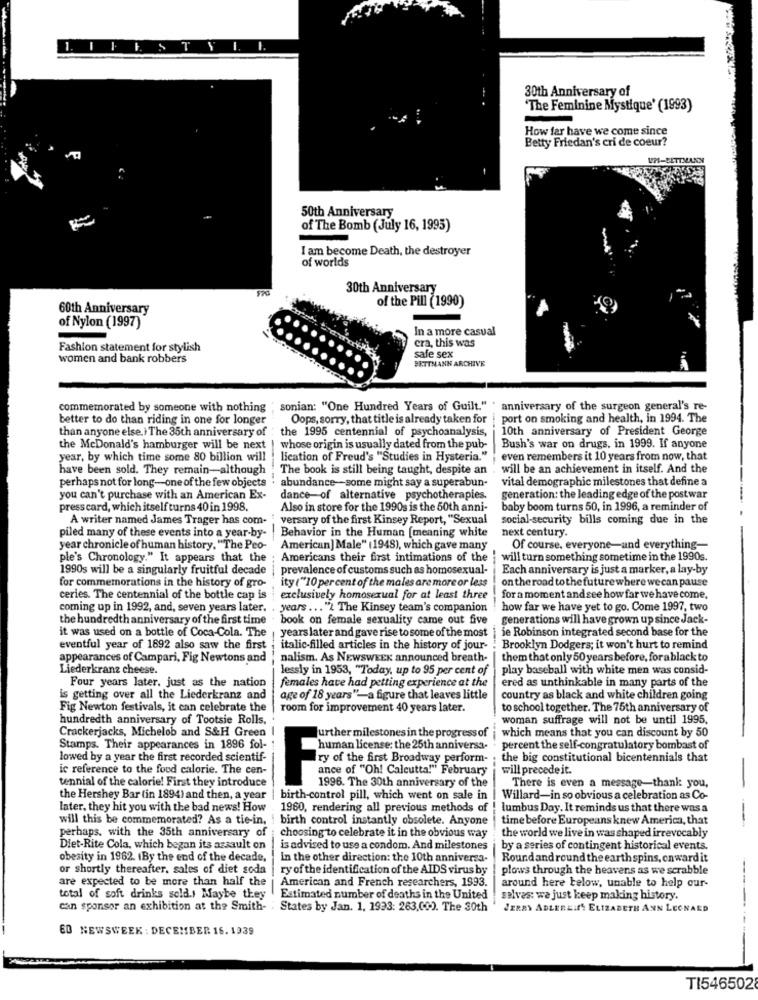
1.
-
ISTYI.
30th Anniversary of
'The Feminine Mystique' (1993)
How far have we come since
Betty Friedan's cri de coeur?
UP-BETTMAN
50th Anniversary
of The Bomb (July 16, 1995)
I am become Death, the destroyer
of worlds
30th Anniversary
of the Pill (1990)
60th Anniversary
of Nylon (1997)
In a more casual
cra, this was
Fashion statement for stylish
safe sex
women and bank robbers
BETTNANN ARCHIVE
commemorated by someone with nothing ; sonian: "One Hundred Years of Guilt." . anniversary of the surgeon general's re-
better to do than riding in one for longer
Oops, sorry, that title is already taken for | port on smoking and health, in 1994. The
than anyone else. ) The 35th anniversary of : the 1995 centennial of psychoanalysis,
10th anniversary of President George
the McDonald's hamburger will be next|
whose origin is usually dated from the pub-
Bush's war on drugs, in 1999. If anyone
year, by which time some 80 billion will
lication of Freud's "Studies in Hysteria."
even remembers it 10 years from now, that
have been sold. They remain-although
The book is still being taught, despite an
will be an achievement in itself. And the
perhaps not for long-one of the few objects
abundance -- some might say a superabun-
vital demographic milestones that define a
you can't purchase with an American Ex-
dance-of alternative psychotherapies.
generation: the leading edge of the postwar
press card, which itself turns 40 in 1998.
Also in store for the 1990s is the 50th anni-
baby boom turns 50, in 1996, a reminder of
A writer named James Trager has com-
versary of the first Kinsey Report, "Sexual
social-security bills coming due in the
next century.
piled many of these events into a year-by-
Behavior in the Human [meaning white
year chronicle of human history. "The Peo-
American] Male" (1948), which gave many
Of course. everyone-and everything-
ple's Chronology." It appears that the
Americans their first intimations of the
will turn something sometime in the 1990s.
1990s will be a singularly fruitful decade
prevalence of customs such as homosexual-
Each anniversary is just a marker, a lay-by
for commemorations in the history of gro-
ity ("10 per cent of the males are more or less
on the road to the future where we can pause
ceries. The centennial of the bottle cap is
exclusively homosexual for at least three
for a moment and see how far we have come,
coming up in 1992, and, seven years later.
years ... "1 The Kinsey team's companion
how far we have yet to go. Come 1997, two
the hundredth anniversary of the first time
book on female sexuality came out five
generations will have grown up since Jack-
it was used on a bottle of Coca-Cola. The
je Robinson integrated second base for the
years later and gave rise to some of the most
eventful year of 1892 also saw the first
italic-filled articles in the history of jour-
Brooklyn Dodgers; it won't hurt to remind
appearances of Campari, Fig Newtons and
nalism. As NEWSWEEK announced breath-
them that only 50 years before, for ablack to
Liederkranz cheese.
lessly in 1953, "Today, up to 95 per cent of | play baseball with white men was consid-
ered as unthinkable in many parts of the
Four years later. just as the nation
females have had petting experience at the
is getting over all the Liederkranz and
age of 18 years"'-a figure that leaves little
country as black and white children going
Fig Newton festivals, it can celebrate the
room for improvement 40 years later.
to school together. The 75th anniversary of
hundredth anniversary of Tootsie Rolls.
woman suffrage will not be until 1995.
Crackerjacks, Michelob and S&H Green
which means that you can discount by 50
further milestones in the progress of
Stamps. Their appearances in 1896 fol-
human license: the 25th anniversa-
percent the self-congratulatory bombast of
lowed by a year the first recorded scientif-
; the big constitutional bicentennials that
ic reference to the food calorie. The cen-
y of the first Broadway perform-
ance of "Oh! Calcutta!" February
will precede it.
tennial of the calorie! First they introduce
There is even a message-thank you,
1996. The 30th anniversary of the
-
the Hershey Bar (in 1894) and then, a year
birth-control pill, which went on sale in
Willard-in so obvious a celebration as Co-
later, they hit you with the bad news! How
1960, rendering all previous methods of ! lumbus Day. It reminds us that there was a
will this be commemorated? As a tie-in,
birth control instantly obsolete. Anyone
time before Europeans knew America, that
perhaps, with the 35th anniversary of
choosing to celebrate it in the obvious way
the world we live in was shaped irrevocably
Diet-Rite Cola, which began its assault on
is advised to use a condom. And milestones
by a series of contingent historical events.
obesity in 1962. 1By the end of the decade,
In the other direction: the 10th anniverza-
Roundand round the earthspins, onward it
or shortly thereafter, sales of diet soda
ry of the identification of the AIDS virus by
plows through the heavens as we scrabble
are expected to be more than half the
American and French researchers, 1993.
around here below, unable to help our-
----
total of soft drinks sold .! Maybe they
Estimated number of deaths in the United
selves: we just keep making history.
can sponsor an exhibition at the Smith- : States by Jan. 1, 1993: 263,000. The 30th
JERRY ADLEREIS ELIZABETH ANN LEONARD
ED NEWSWEEK : DECEMBER 16. 1939
TI546502